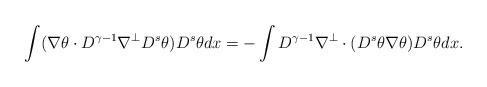
LaTeX: \begin{align*}\int ( \nabla \theta \cdot D^{\gamma-1} \nabla^{\perp} D^s \theta) D^s \theta dx= - \int D^{\gamma-1} \nabla^{\perp}\cdot ( D^s\theta \nabla \theta ) D^s \theta dx.\end{align*}